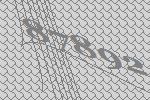
87892